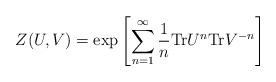
LaTeX: \begin{align*}Z(U,V)={\mbox{exp}}\left[\sum_{n=1}^{\infty}\frac{1}{n}{\mbox{Tr}}U^n{\mbox{Tr}}V^{-n}\right] \end{align*}